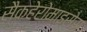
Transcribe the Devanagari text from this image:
सैकहेरोमाइसेस